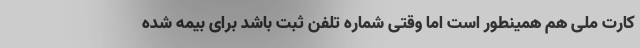
کارت ملی هم همینطور است اما وقتی شماره تلفن ثبت باشد برای بیمه شده